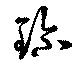
珍